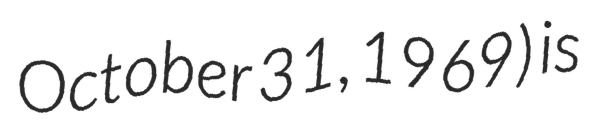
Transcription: October 31, 1969) is